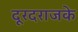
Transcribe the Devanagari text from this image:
दूरदराजके